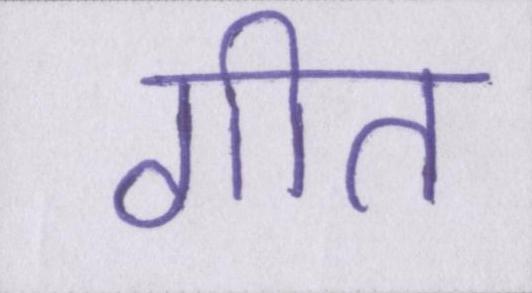
गीत